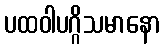
ပထဝါပဂ္ဂိသမာနော